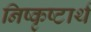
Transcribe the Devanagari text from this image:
निष्कृष्टार्थ